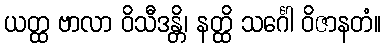
ယတ္ထ ဗာလာ ဝိသီဒန္တိ၊ နတ္ထိ သင်္ဂေါ ဝိဇာနတံ။